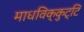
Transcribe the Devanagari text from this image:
माधविक्कुट्टि